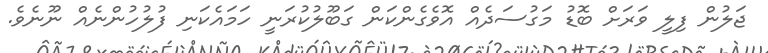
ޖަލުން ފިލީ ވަރަށް ބޮޑު މަގުސަދެއް އޮވެގެންކަން ގަބޫލުކުރަނީ ހަމައެކަނި ފުލުހުންނެއް ނޫނެވެ.